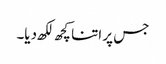
جس پر اتنا کچھ لکھ دیا۔